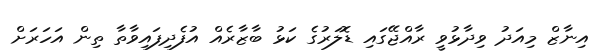
އިނާޒް މިއަދު ވިދާޅުވީ ރާއްޖޭގައި ޑޮލަރުގެ ކަޅު ބާޒާރެއް އުފެދިފައިވާތާ ތިން އަހަރަށް